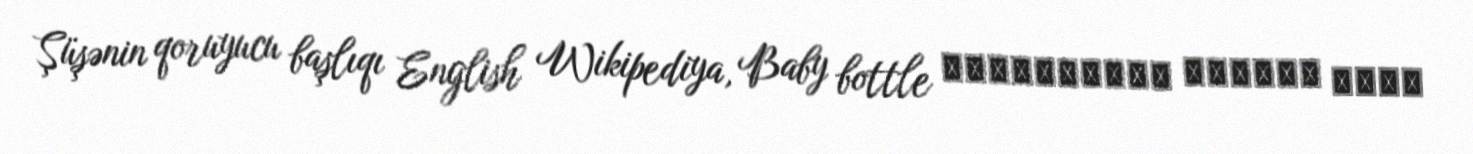
Şüşənin qoruyucu başlıqı English Wikipediya, Baby bottle ویکی‌پدیای فارسی، شیشه